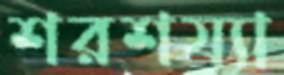
শরশয্যা